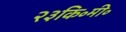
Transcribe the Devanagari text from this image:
२३कि॰मी॰